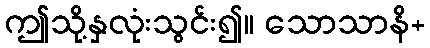
ဤသို့နှလုံးသွင်း၍။ သောသာနိ+